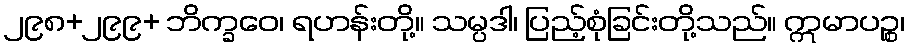
၂၉၈+၂၉၉+ ဘိက္ခဝေ၊ ရဟန်းတို့။ သမ္ပဒါ၊ ပြည့်စုံခြင်းတို့သည်။ ဣမာပဉ္စ၊